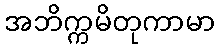
အဘိက္ကမိတုကာမာ